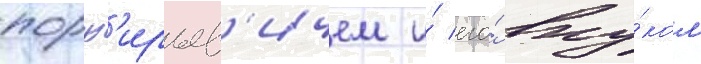
порф'ирьев'ичем и́ его́ вну́ком